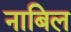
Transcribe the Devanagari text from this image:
नाबिल